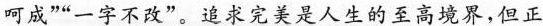
呵成”“一字不改”。追求完美是人生的至高境界，但正